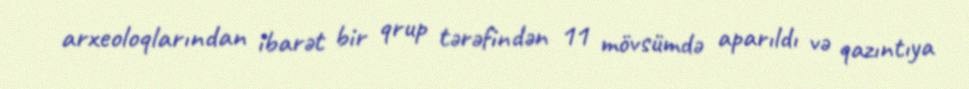
arxeoloqlarından ibarət bir qrup tərəfindən 11 mövsümdə aparıldı və qazıntıya